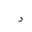
Letter: _dal